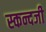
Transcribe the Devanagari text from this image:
स्कन्दजी